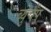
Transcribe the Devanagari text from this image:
ब्युचैंप